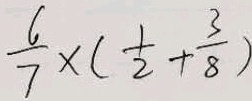
\frac { 6 } { 7 } \times ( \frac { 1 } { 2 } + \frac { 3 } { 8 } )